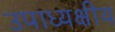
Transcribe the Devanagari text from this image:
उपाध्यक्षीय